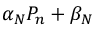
\alpha _ { N } P _ { n } + \beta _ { N }